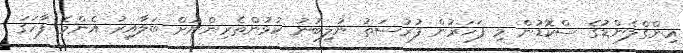
އިންގްލެންޑުގެ ސްކޮޑުން މި ފަހަރުން ފުރުސަތު ނުލިބުނު ކުޅުންތެރިންނަށް ބަލާއިރު އެންމެ ފާހަގަ